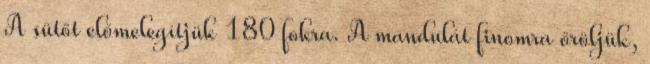
A sütőt előmelegítjük 180 fokra. A mandulát finomra őröljük,